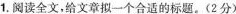
1.阅读全文，给文章拟一个合适的标题。(2分)